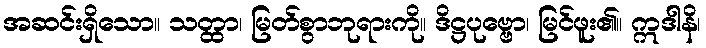
အဆင်းရှိသော။ သတ္ထာ၊ မြတ်စွာဘုရားကို။ ဒိဋ္ဌပုဗ္ဗော၊ မြင်ဖူး၏။ ဣဒါနိ၊